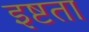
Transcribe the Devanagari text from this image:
इष्टता